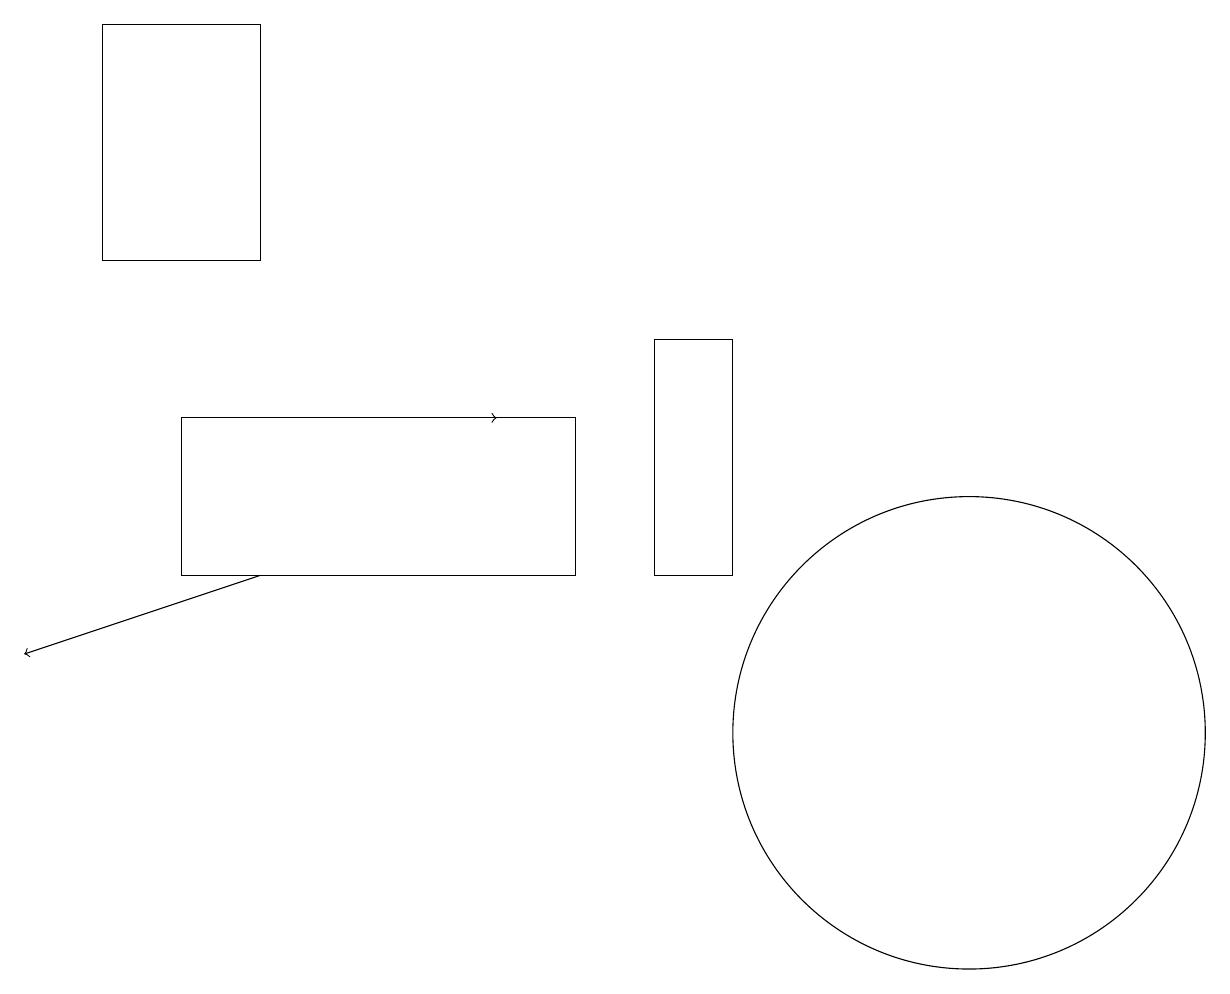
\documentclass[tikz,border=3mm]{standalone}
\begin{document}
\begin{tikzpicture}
\draw (2,12) rectangle (7,14);
\draw (12,10) circle (3);
\draw (3,16) rectangle (1,19);
\draw[->] (4,14) -- (6,14);
\draw[->] (3,12) -- (0,11);
\draw (8,15) rectangle (9,12);
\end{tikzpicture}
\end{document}